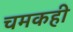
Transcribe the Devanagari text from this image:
चमकही